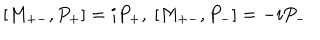
[ M _ { + - } , P _ { + } ] = i P _ { + } , \ [ M _ { + - } , P _ { - } ] = - i P _ { - }